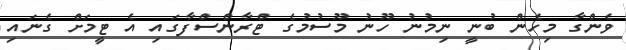
ވެންގާ މިހެން ބުނީ ނިމުނު ހޫނު މޫސުމުގެ ޓްރާންސްފާގައި އެ ޓީމަށް ގެނައި